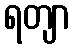
ရတျာ